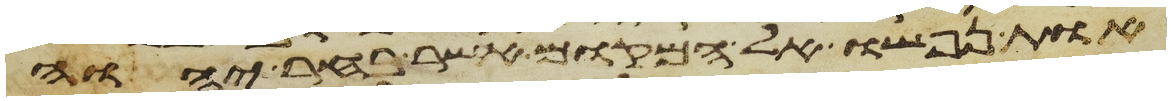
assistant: אות נפשו אל המקום אשר בחר יהוה